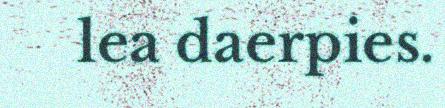
lea daerpies.